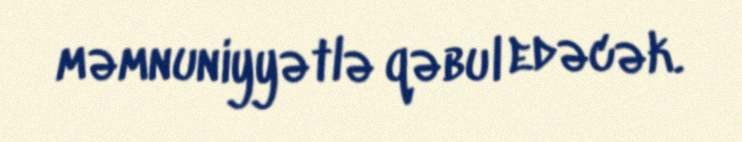
məmnuniyyətlə qəbul edəcək.